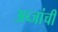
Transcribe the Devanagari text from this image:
अब्जांची